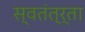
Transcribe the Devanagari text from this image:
स्वतंत्र्ता